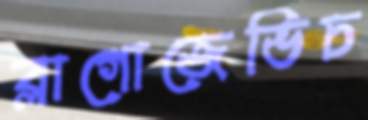
ব্লাগোজেভিচ